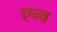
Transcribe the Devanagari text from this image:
एन्व